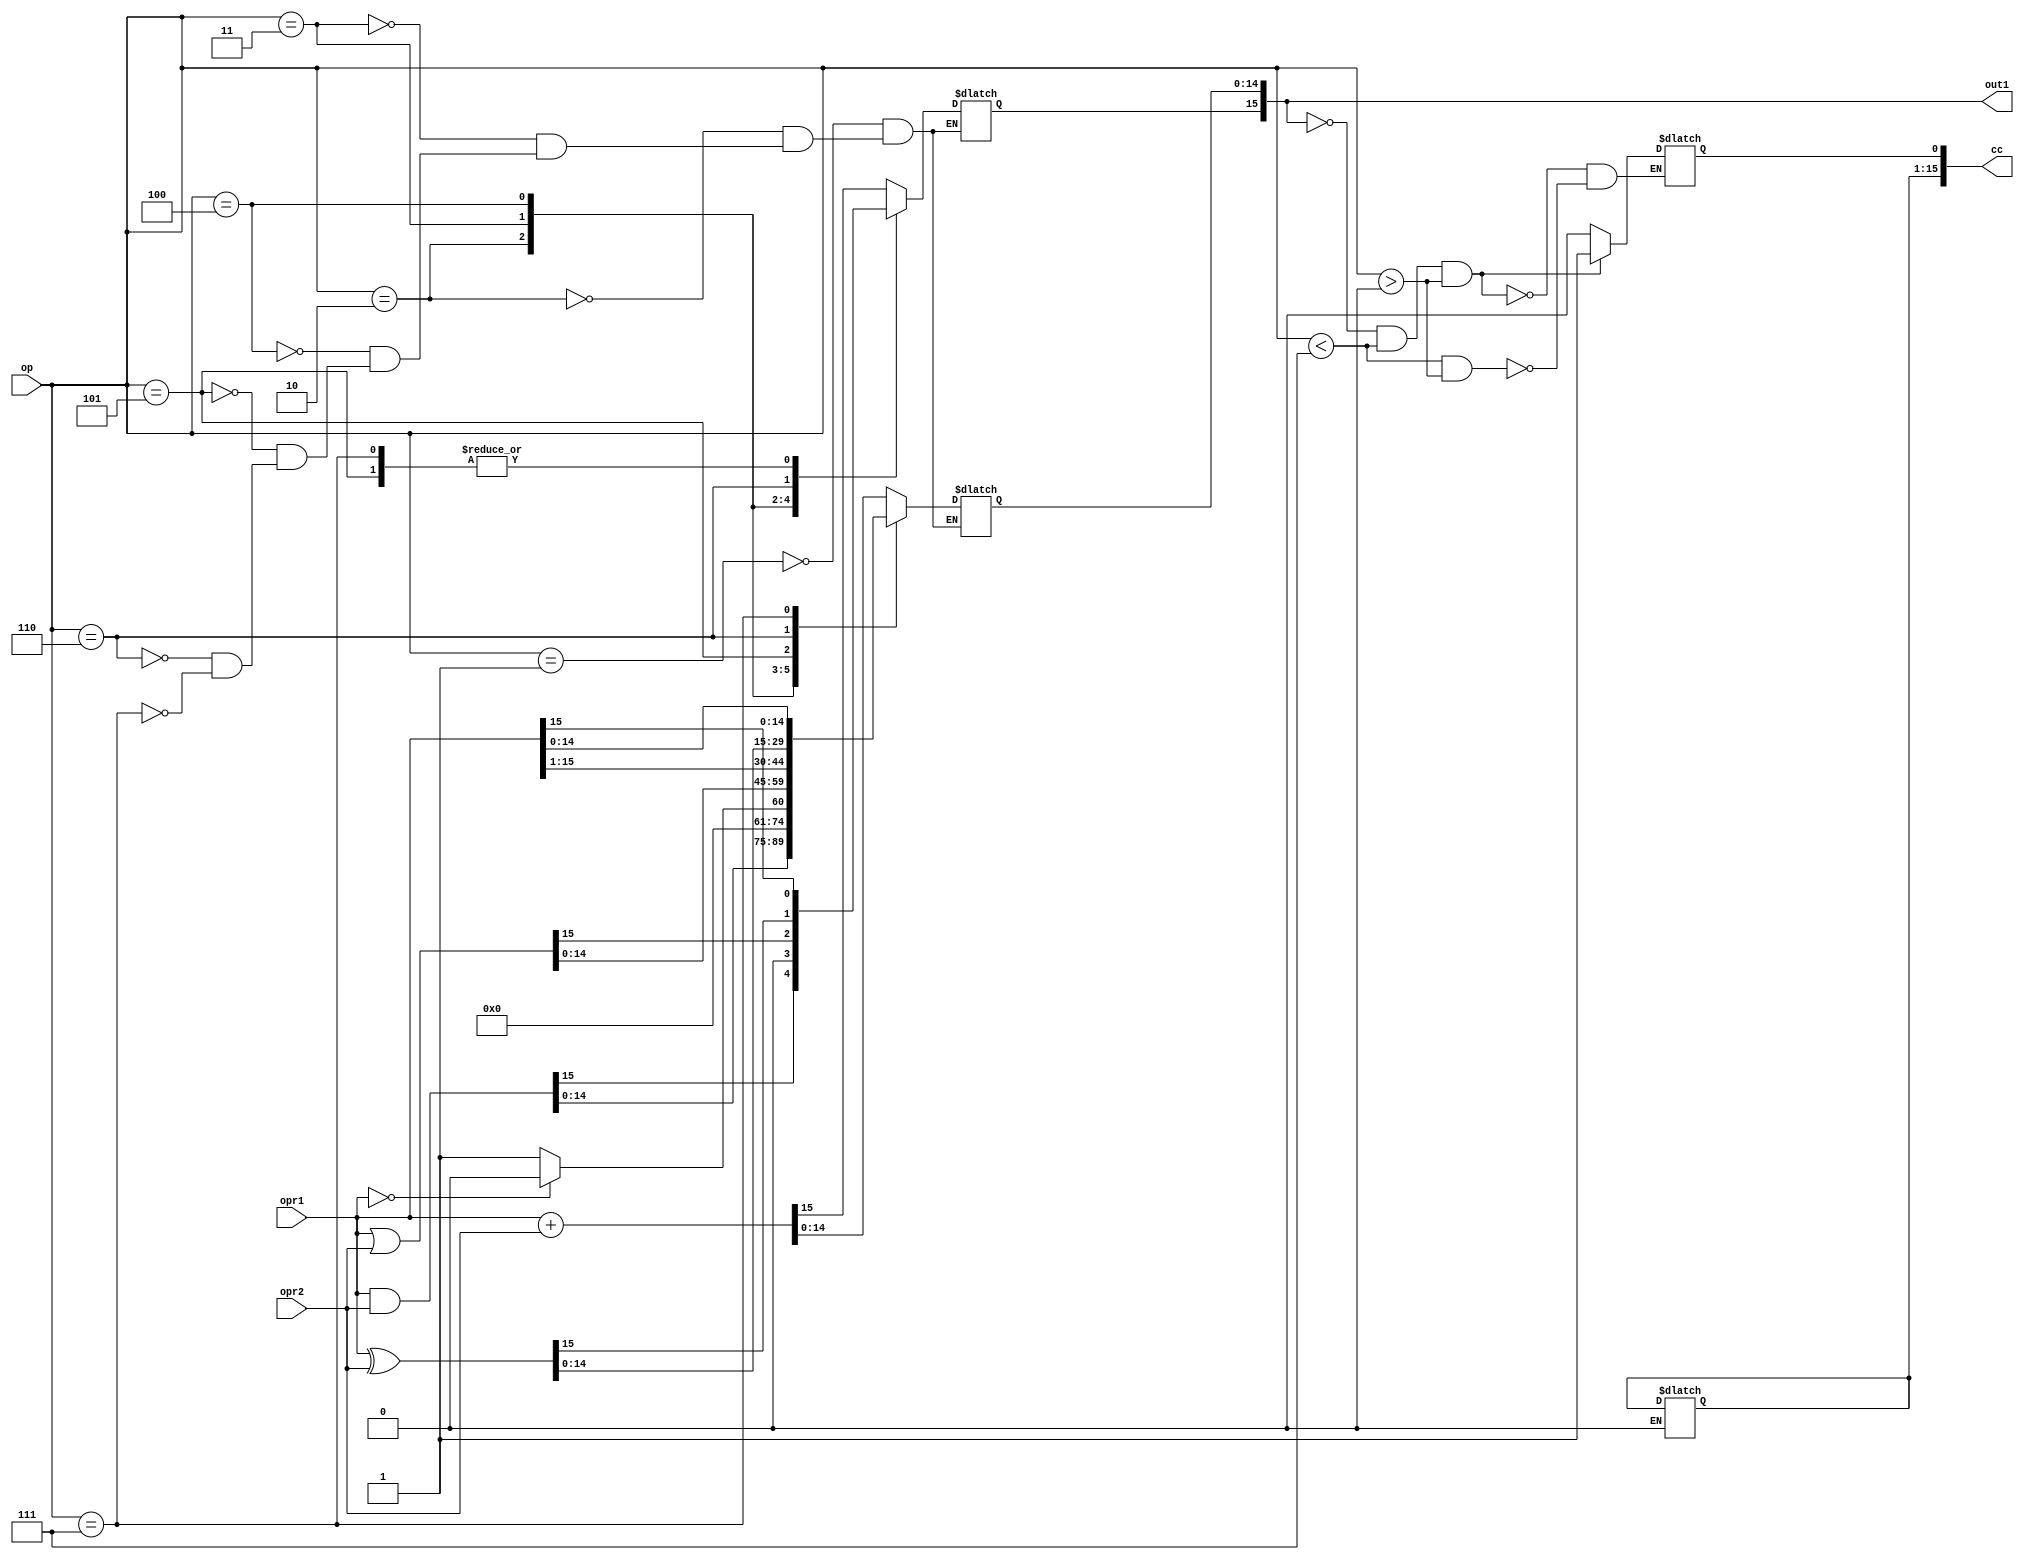
//`timescale 10ns/1ns
//DIRECTIVES
`define WORD [15:0]
//fdfs
`define JZ   4'h0
`define ADD  4'h1
`define AND  4'h2
`define ANY  4'h3
`define OR   4'h4
`define SHR  4'h5
`define XOR  4'h6
`define DUP  4'h7
`define LD   4'h8
`define ST   4'h9

`define LI   4'hA
`define ADDF 4'hB
`define F2I  4'hC
`define I2F  4'hD
`define INVF 4'hE
`define MULF 4'hF

//END DIRECTIVES

module ALU(opr1,opr2,out1,op,cc);
	input `WORD opr1;
	input `WORD opr2;
	output reg `WORD out1;
	input [3:0] op;
	output reg `WORD cc;
	
	initial begin
		out1 <= 16'b0;
		cc <= 16'b0;
	end
	
	always @(op or opr1 or opr2)
	begin
		case (op)
			`ADD: begin
				out1 <= opr1 + opr2;
			end
			`AND: begin
				out1 <= opr1 & opr2;
			end
			`ANY: begin
				out1 <= (opr1 == 16'b0 ? 16'b000000:16'b000001);
				//$display("out1: %h",out1);
			end
			`OR: begin
				out1 <= opr1 | opr2;
			end	
			`SHR: begin
				out1 <= opr1 >> 1;
				out1[15] <= opr1[15];
			end
			`XOR: begin
				out1 <= opr1 ^ opr2;
			end
			`DUP: begin
				out1<= opr1;
			end
		endcase
	end
	
	always @(out1)
	begin
		if (out1 == 16'b0 && op <7 && op>0)
		begin
			cc[0] <= 1'b1;
		end else if (op <7 && op>0) begin
			cc[0] <= 1'b0;
		end else begin
			cc <= cc;
		end
	end
endmodule




module processor(clk,halt);
	input clk;
	output reg halt;
	reg `WORD pc;
	reg `WORD ram[0:65535];
	//reg `WORD instruction;
	reg `WORD stage1[0:5];
	reg `WORD stage2[0:5];
	reg `WORD stage3[0:5];
	reg `WORD op1;
	reg `WORD op2;
	reg `WORD newPC;
	reg stop1;
	reg stop2;
	reg pcFlag;
	reg [3:0] operation;
	
	//reg regFileIn,regFileOut;
	reg `WORD registers[0:63];
	reg holdUp;
	wire `WORD toStage3;
	wire `WORD cc;
	//reg `WORD i;
	reg squashNext2,squashNext1;
	ALU alu(op2,op1,toStage3,operation,cc);
		
	initial begin
		$readmemh("test8.ram",ram);
		halt<=0;
		holdUp<=0;
		//register file initialization
		$readmemh("registers.ram",registers);
		pc <= 16'b0;
		squashNext1<=0;
		squashNext2<=0;
		pcFlag<=0;
		newPC<=16'b0;
		stop1<=0;
		stop2<=0;
	end
	
	
	always@(clk) begin
		//$display("Clock: %b",clk);
	end
	
	//stage 1 instruction fetch
	always@(posedge clk)
	begin

		if (pcFlag == 1 ) begin
			pc<=newPC;
			pcFlag <=0;
		end
		//instruction <= ram[pc];
	end
	
	always@(negedge clk)
	begin
		if (holdUp == 0)begin
		stop1<=0;
		case (ram[pc][15:12])
			`LI: 
			begin
				pc<=pc+2;
				stage1[4]<=ram[pc+1];
			end
			default: pc<=pc+1;
		endcase
//		if (ram[pc] == 16'b0)
//		begin
//			halt<=1;
//		end

		//pc<=pc+1;
		stage1[0]<=ram[pc][15:12];
		stage1[1]<=ram[pc][11:6];
		stage1[2]<=ram[pc][5:0];
		stage1[3]<=ram[pc][11:6];
		stage1[5]<=ram[pc];
		end else begin
			stop1<=1;
		end
		#2 $display("Stage 1: %h",stage1[5]);//$display("Stage1: %h  %h",pc,ram[pc]);
	end
	
	
	//stage 2 register file games
	always@(posedge clk)
	begin

	end
	
	always@(negedge clk)
	begin
		if (holdUp==0) begin
			stop2<=0;
			stage2[0]<=stage1[0];
			stage2[1]<=registers[stage1[1]];
			stage2[2]<=registers[stage1[2]];
			stage2[3]<=stage1[3];
			stage2[4]<=stage1[4];
			stage2[5]<=stage1[5];
		end else begin
			stop2<=1;
			stage2[0] <= 16'bz;
			stage2[1] <= 16'bz;
			stage2[2] <= 16'bz;
			stage2[3] <= 16'bz;
			stage2[4] <= 16'bz;
			stage2[5] <= 16'bz;
		end		
		#4 $display("Stage 2: %h",stage2[5]);
	end
	
	
	//stage 3 ALU and memory stuff
	always@(posedge clk)
	begin
		op1<=stage2[1];
		op2<=stage2[2];
		operation<=stage2[0][3:0];
	end
	
	always@(negedge clk)
	begin 
		if(operation == `ST) begin
			ram[op2]<=op1;
			stage3[5] <= stage2[5];
		end else if (operation == `LD) begin
			stage3[0]<=stage2[3];
			stage3[1]<=ram[stage2[2]];
			stage3[2]<=stage2[0];
			stage3[4]<=stage2[4];
			stage3[5]<=stage2[5];
		end else begin
			stage3[0]<=stage2[3];
			stage3[1]<=toStage3;
			stage3[2]<=stage2[0];
			stage3[4]<=stage2[4];
			stage3[5]<=stage2[5];
			case(stage2[5][15:12])
				`JZ: begin
					if (stage2[1] == 0) begin
						if (stage2[5][5:0]==6'b0 && stage2[5][11:6]!=6'b0) begin
							if(holdUp==1) begin
							squashNext1<=1;
							end else begin
							squashNext2<=1;
							end
						end else if (stage2[5][5:0]>6'b0)begin
							newPC<=stage2[2];
							squashNext2<=1;
							squashNext1<=1;
							pcFlag <=1;
						end
					end
				end
			endcase
		end
	
		#6 $display("Stage 3: %h\n",stage3[5]);
	end
	
	always@(squashNext2) begin
		if (squashNext2 == 1)
		begin
			squashNext2 <= 0;
			stage2[0] = 16'bx;
			stage2[1] = 16'bx;
			stage2[2] = 16'bx;
			stage2[3] = 16'bx;
			stage2[4] = 16'bx;
			stage2[5] = 16'bx;
		end
	end
	always@(squashNext1) begin
		if (squashNext1 == 1)
		begin
			squashNext1 <= 0;
			stage1[0] = 16'bx;
			stage1[1] = 16'bx;
			stage1[2] = 16'bx;
			stage1[3] = 16'bx;
			stage1[4] = 16'bx;
			stage1[5] = 16'bx;
		end
	end
	
	//Stage 4 Write back?
	always@(posedge clk)
	begin
		if(stage1[5][11:6]==stage2[5][11:6] || stage1[5][11:6]==stage3[5][11:6] || stage1[5][5:0]==stage2[5][11:6] || stage1[5][5:0]==stage3[5][11:6])
		begin
			holdUp<=1;
		end else begin
			holdUp<=0;
		end
	end
	
	always@(negedge clk)
	begin
		if(stage3[5] == 16'b0) begin
			halt<=1;
		end else begin
		case(stage3[2][3:0])
			`LI: 
			begin
				registers[stage3[0][5:0]]<=stage3[4];
			end
			`JZ: begin
				
			end
			`ST: begin

			end
			default: registers[stage3[0][5:0]]<=stage3[1];
		endcase
		end
		//#15 $display("Stage 4: %h",registers[stage3[0][5:0]],stage3[1]);
	end
	
	always@(halt)
	begin
		if (halt == 1'b1)
		begin
		//$display("Program Counter: %h",pc);
		$display("First 15 registers: \n0: %h\n1: %h\n2: %h\n3: %h\n4: %h\n5: %h\n6: %h\n7: %h\n8: %h\n9: %h\n10: %h\n11: %h\n12: %h\n13: %h\n14: %h\n15: %h",registers[8],registers[9],registers[10],registers[11],registers[12],registers[13],registers[14],registers[15],registers[16],registers[17],registers[18],registers[19],registers[20],registers[21],registers[22],registers[23]);
		//$display("RAM Data: \n%h\n%h\n%h\n%h",ram[50],ram[51],ram[52],ram[53]);
		end
	end

endmodule

module testBench;
	reg clk;
	wire clear;

	processor proc(clk,clear);

	initial 
	begin
		//$dumpfile;
		//$dumpvars(0,testBench);
		//$display("Here 0");
		#100 //Wait until ALL memory is initialized
		clk <= 0;
		while (clear != 1)
		begin
			//$display("Clock %b",clk);
			#100;
			clk<=~clk;		
		end
		//$finish;
	end
	
	
endmodule